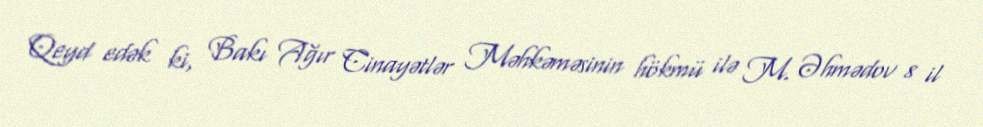
Qeyd edək ki, Bakı Ağır Cinayətlər Məhkəməsinin hökmü ilə M. Əhmədov 8 il